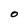
Character: o